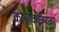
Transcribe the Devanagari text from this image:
कोलकात्यावर